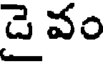
డై వం